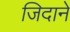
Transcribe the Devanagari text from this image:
जिदाने